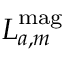
\boldsymbol { L } _ { a , m } ^ { \mathrm { m a g } }